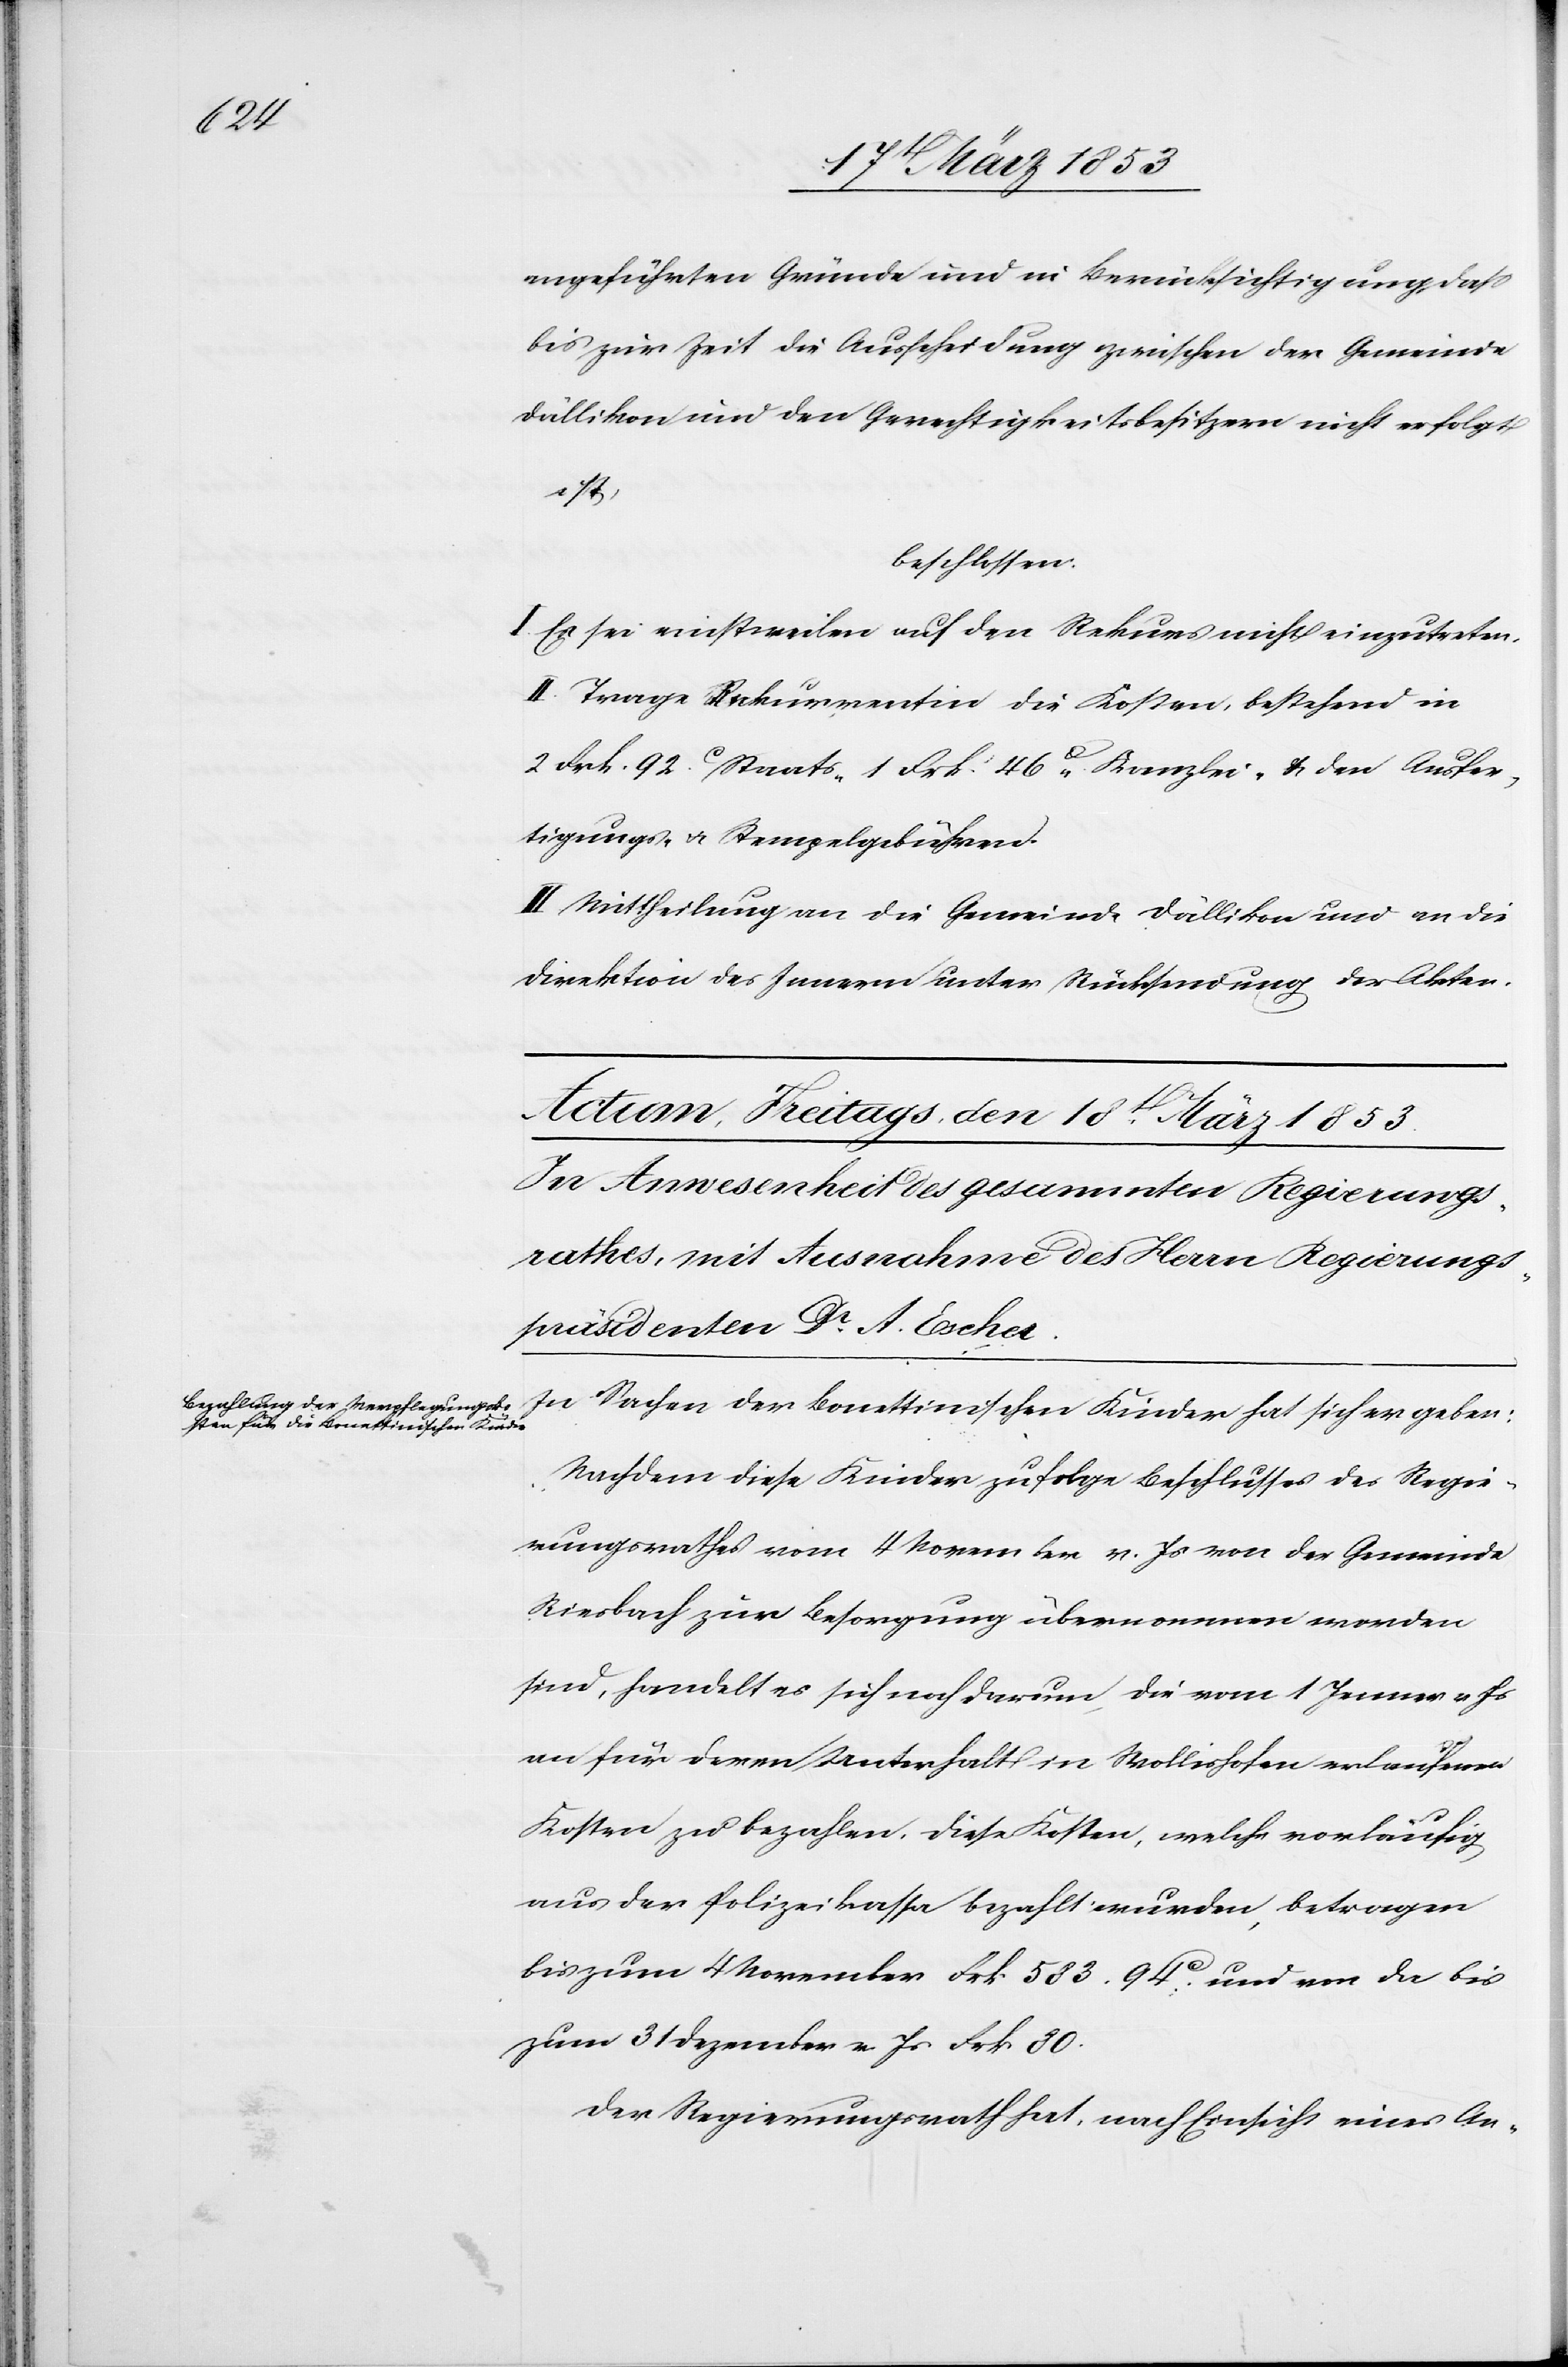
angeführten Gründe und in Berücksichtigung, daß
bis zur Zeit die Ausscheidung zwischen der Gemeinde
Dällikon und den Gerechtigkeitsbesitzern nicht erfolgt
ist,
beschlossen:
I. Es sei einstweilen auf den Rekurs nicht einzutreten.
II. Trage Rekurrentinn die Kosten, bestehend in
2 Frk. 92 c. Staats- 1 Frk. 46 c Kanzlei- u. den Ausfer¬
tigungs- u. Stempelgebühren.
III. Mittheilung an die Gemeinde Dällikon und an die
Direktion des Innern unter Rücksendung der Akten.
In Sachen der bonettinischen Kinder hat sich ergeben:
Nachdem diese Kinder zu folge Beschlusses des Regie¬
rungsrathes vom 4 November v. Js. von der Gemeinde
Riesbach zur Besorgung übernommen worden
sind, handelt es sich noch darum, die vom 1 Jenner v. Js.
an für deren Unterhalt in Wollishofen erlaufenen
Kosten zu bezahlen. Diese Kosten, welche vorläufig
aus der Polizeikassa bezahlt wurden, betragen
bis zum 4 November Frk 583. 94 c und von da bis
zum 31 Dezember v. Js. Frk. 80.
Der Regierungsrath hat, nach Einsicht eines An-